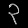
Digit: ၃